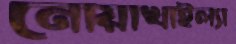
নোয়াখাইল্যা